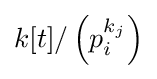
k[t]/\left(p_{i}^{k_{j}}\right)